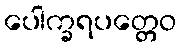
ပေါက္ခရပတ္တေဝ